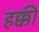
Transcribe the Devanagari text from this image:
हक्की